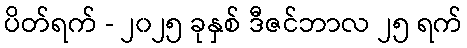
ပိတ်ရက် - ၂၀၂၅ ခုနှစ် ဒီဇင်ဘာလ ၂၅ ရက်